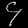
Digit: ၄